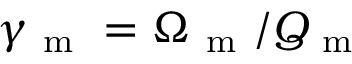
\gamma _ { \mathrm { ~ m ~ } } = \Omega _ { \mathrm { ~ m ~ } } / Q _ { \mathrm { ~ m ~ } }